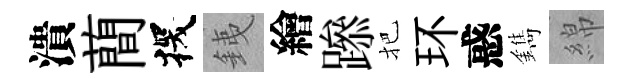
潰蕳探銕繪𨅶把环惑鐫綿